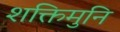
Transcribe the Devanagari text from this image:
शक्तिमुनि